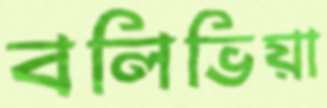
বলিভিয়া